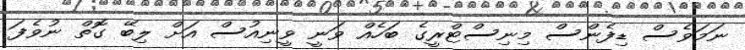
ނަމަވެސް ޑިފެންސް މިނިސްޓްރީގެ ބަހެއް ވަނީ ވީނިއުސް އަށް ލިބޭ ގޮތް ނުވެފަ